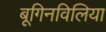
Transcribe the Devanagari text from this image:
बूगिनविलिया